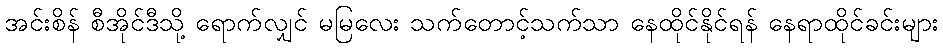
အင်းစိန် စီအိုင်ဒီသို့ ရောက်လျှင် မမြလေး သက်တောင့်သက်သာ နေထိုင်နိုင်ရန် နေရာထိုင်ခင်းများ